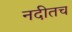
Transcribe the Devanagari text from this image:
नदीतच